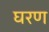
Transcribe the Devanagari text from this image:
घरण